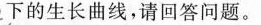
下的生长曲线，请回答问题。